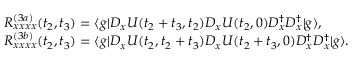
\begin{array} { r l } & { R _ { x x x x } ^ { ( 3 a ) } ( t _ { 2 } , t _ { 3 } ) = \ensuremath { \langle g | } D _ { x } U ( t _ { 2 } + t _ { 3 } , t _ { 2 } ) D _ { x } U ( t _ { 2 } , 0 ) D _ { x } ^ { \dagger } D _ { x } ^ { \dagger } \ensuremath { | g \rangle } , } \\ & { R _ { x x x x } ^ { ( 3 b ) } ( t _ { 2 } , t _ { 3 } ) = \ensuremath { \langle g | } D _ { x } U ( t _ { 2 } , t _ { 2 } + t _ { 3 } ) D _ { x } U ( t _ { 2 } + t _ { 3 } , 0 ) D _ { x } ^ { \dagger } D _ { x } ^ { \dagger } \ensuremath { | g \rangle } . } \end{array}